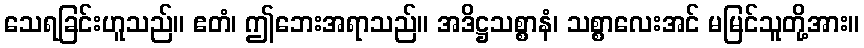
သေရခြင်းဟူသည်။ ဧတံ၊ ဤဘေးအရာသည်။ အဒိဋ္ဌသစ္စာနံ၊ သစ္စာလေးအင် မမြင်သူတို့အား။